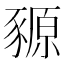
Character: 豲